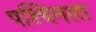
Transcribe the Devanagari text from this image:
पश्‍चिमला